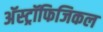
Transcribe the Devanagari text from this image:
अॅस्ट्रॉफिजिकल